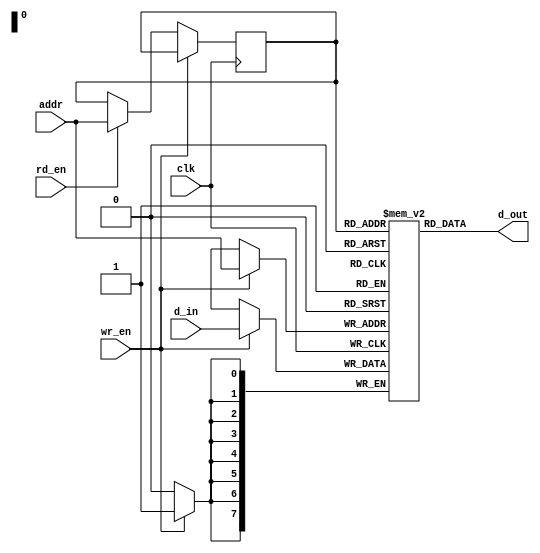
// This program was cloned from: https://github.com/hutch31/tv80
// License: MIT License

//----------------------------------------------------------------------
//
// This block is uncopyrighted and released into the public domain.
//----------------------------------------------------------------------

module behave1p_mem
  #(parameter width=8,
    parameter depth=256,
    parameter addr_sz=8)  //log2(depth))
  (/*AUTOARG*/
  // Outputs
  d_out,
  // Inputs
  wr_en, rd_en, clk, d_in, addr
  );
  input        wr_en, rd_en, clk;
  input [width-1:0] d_in;
  input [addr_sz-1:0]     addr;

  output [width-1:0]     d_out;

  reg [addr_sz-1:0] r_addr;

  reg [width-1:0]            array[0:depth-1];
  
  always @(posedge clk)
    begin
      if (wr_en)
        begin
          array[addr] <= #1 d_in;
        end
      else if (rd_en)
        begin
          r_addr <= #1 addr;
        end
    end // always @ (posedge clk)

  assign d_out = array[r_addr];

endmodule